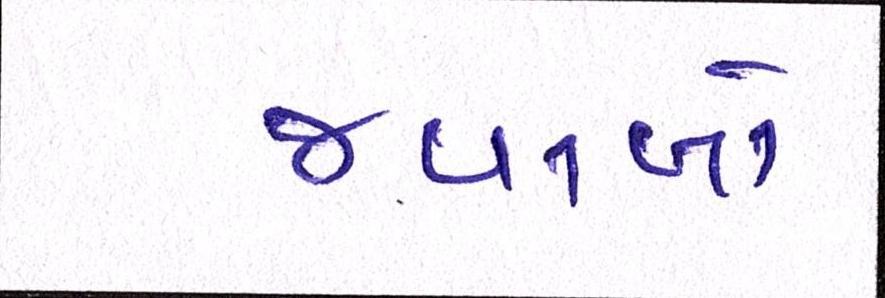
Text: જવાબો